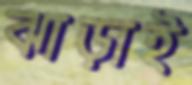
ঝাড়াই